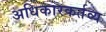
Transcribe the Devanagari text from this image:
अधिकारकर्तव्य